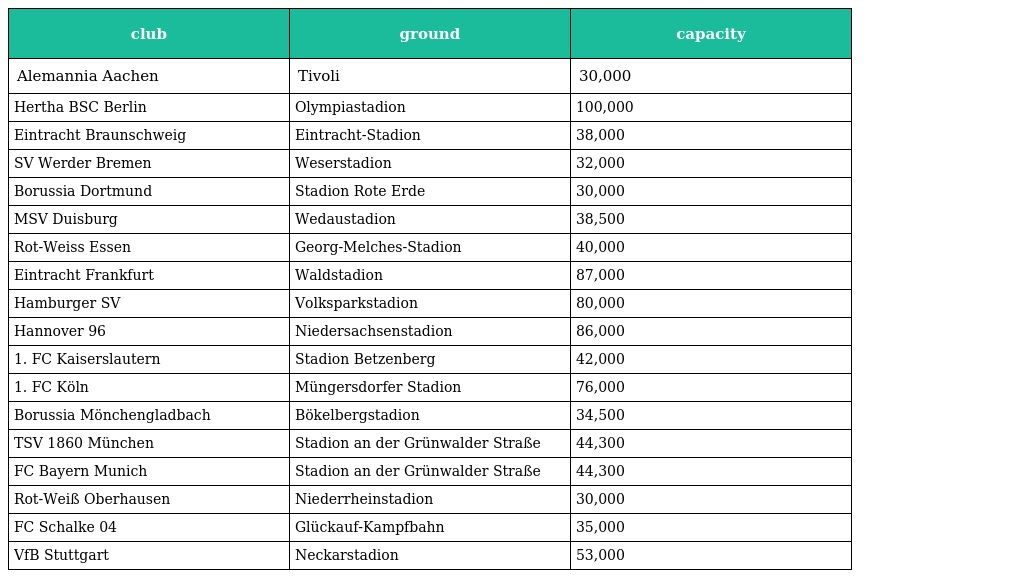
| club | ground | capacity |
 | --- | --- | --- |
 | Alemannia Aachen | Tivoli | 30,000 |
 | Hertha BSC Berlin | Olympiastadion | 100,000 |
 | Eintracht Braunschweig | Eintracht-Stadion | 38,000 |
 | SV Werder Bremen | Weserstadion | 32,000 |
 | Borussia Dortmund | Stadion Rote Erde | 30,000 |
 | MSV Duisburg | Wedaustadion | 38,500 |
 | Rot-Weiss Essen | Georg-Melches-Stadion | 40,000 |
 | Eintracht Frankfurt | Waldstadion | 87,000 |
 | Hamburger SV | Volksparkstadion | 80,000 |
 | Hannover 96 | Niedersachsenstadion | 86,000 |
 | 1. FC Kaiserslautern | Stadion Betzenberg | 42,000 |
 | 1. FC Köln | Müngersdorfer Stadion | 76,000 |
 | Borussia Mönchengladbach | Bökelbergstadion | 34,500 |
 | TSV 1860 München | Stadion an der Grünwalder Straße | 44,300 |
 | FC Bayern Munich | Stadion an der Grünwalder Straße | 44,300 |
 | Rot-Weiß Oberhausen | Niederrheinstadion | 30,000 |
 | FC Schalke 04 | Glückauf-Kampfbahn | 35,000 |
 | VfB Stuttgart | Neckarstadion | 53,000 |